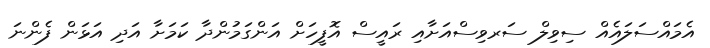
އެމައްސަލައެއް ސިވިލް ސަރވިސްއަށާއި ރައީސް އޮފީހަށް އަންގަމުންދާ ކަމަށާ އަދި އަޅަން ފެންނަ